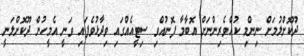
ދޫކޮށްލުމަށް ނިންމި ކުއްވެރިންނަށް އޮބާމާ ފޮނުއްވި ސިޓީއެއްގައި ވިދާޅުވެފައި ވަނީ އެމީހުން ދޫކޮށްލަނީ